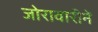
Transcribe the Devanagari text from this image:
जोरावारीनें